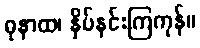
ဓုနာထ၊ နှိပ်နင်းကြကုန်။